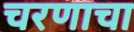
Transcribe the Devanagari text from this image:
चरणाचा